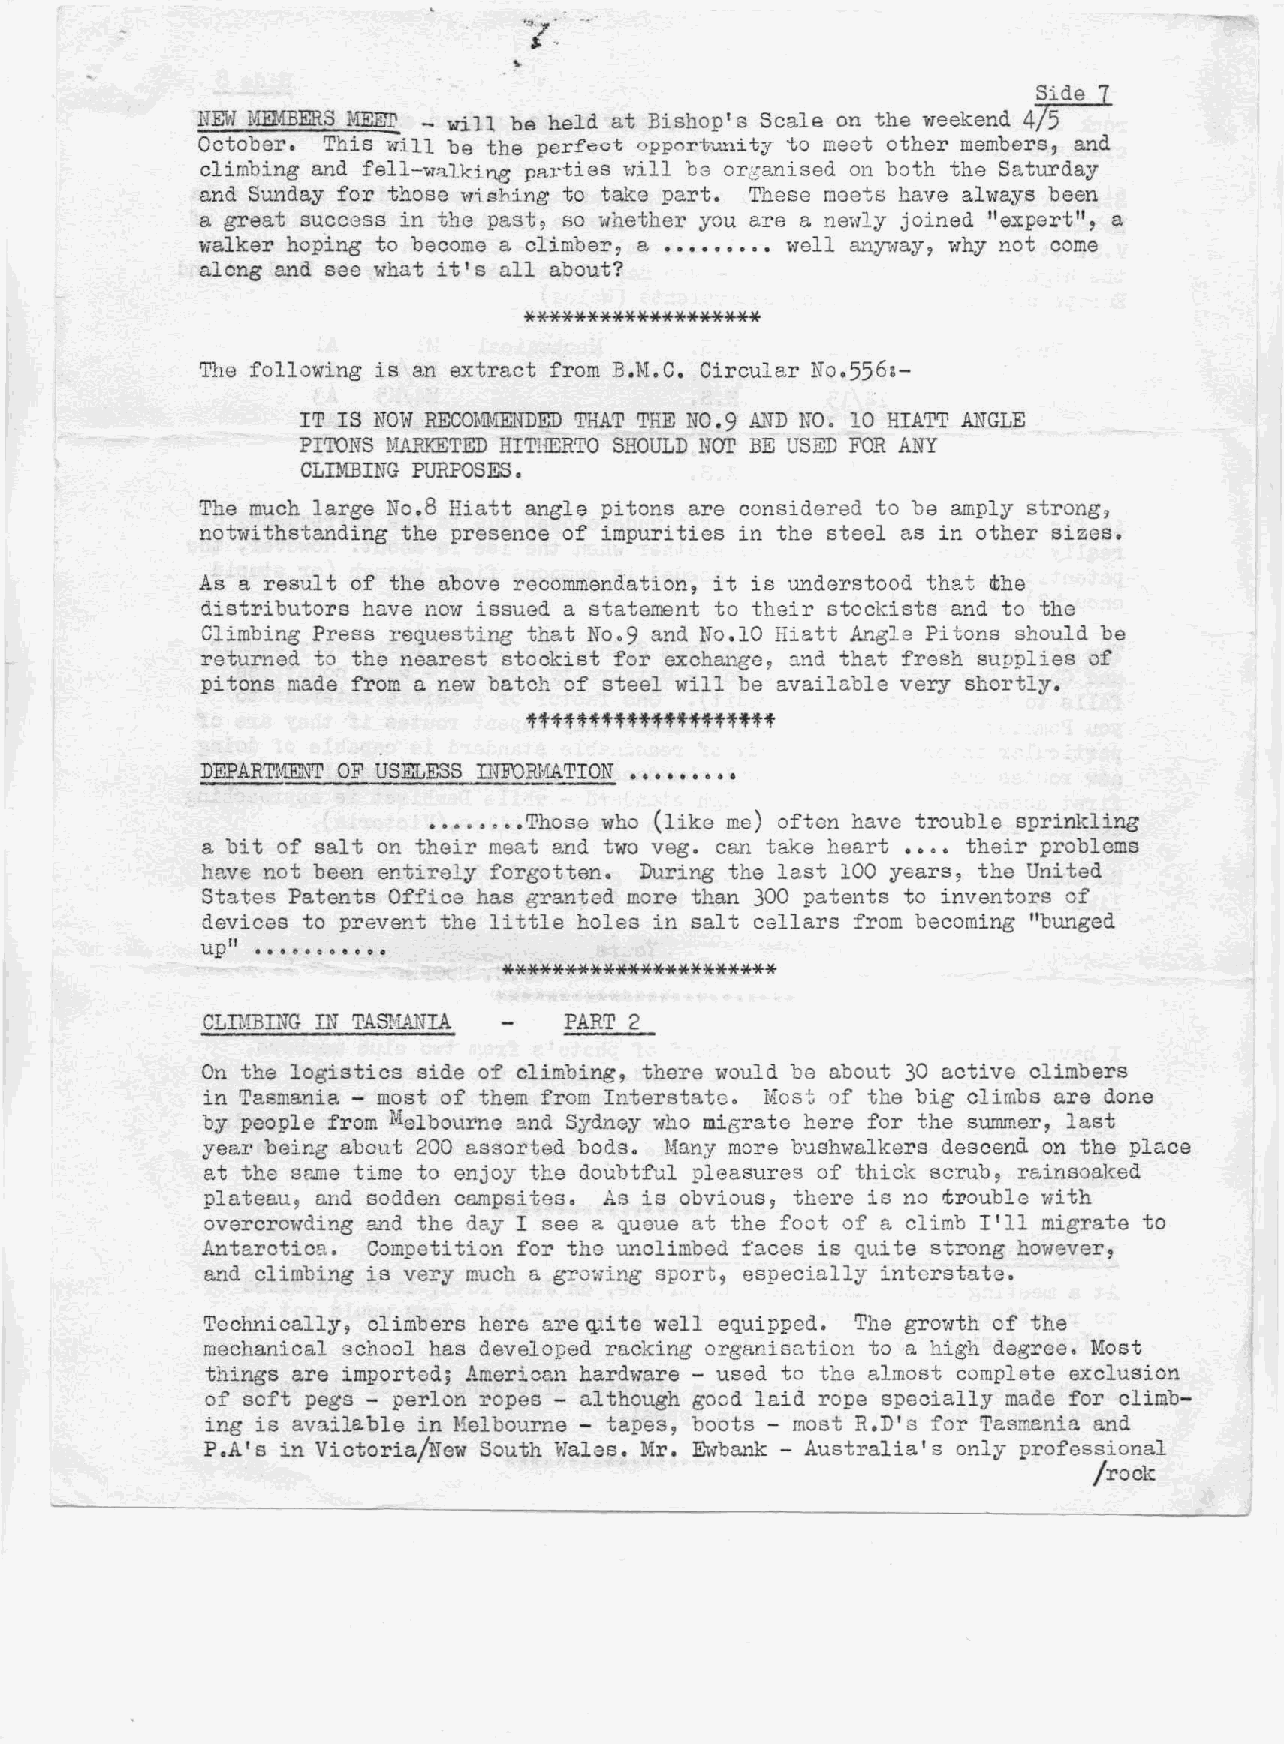
~"
 NKw ¥~ERS ~1ffiET _ will be held at Bishop's Scale on the weekend 4~
 October. This will be the perfect opportunity to meet other members, and
 climbing and fell-wol.lkingparties will be organised on both the Saturday
 and Sunday for those "l'Ti..shing to take part. These meets have always been
 a great success in the past, so "whether you are a ne,V'lyjoined "expert", a
 walker hoping to become a climber, a ••••••••• welI anyway, "Thynot come
 along and see what it's all about?
 *******************
 The following is en extract from B.M.C. Circular No.556:-
 no.
 IT IS NOW RECOMMENDED THAT THE NO.9 AND 10 HIATT ANGLE
 PITONS MAPJ<ETED HITHERTO SHOULD Nor BE USED FOR AlIT
 CLIMBING PURPOSES.
 The much large No.8 Hiatt angle pitons are considered to be amply strong,
 notwithstanding the presence of impurities in the steel as in other sizes.
 As a result of the above recommendation, it is understood that the
 distributors have now issued a statement to their stockists and to the
 Climbing Press requesting that No.9 and No.lO Hiatt Angle Pitons should be
 returned to the nearest stockist for exch~~e, and that fresh supplies of
 pitons made from a new batch of steel will be available very shortly.
 tttttttttttt~tttttt
 DEPARTMENT OF USELESS INFOID.[ATION•••••••••
 •••.••••Those who (like me) often have trouble sprinkling
 a bit of salt on their meat and two veg. can take heart •••• their problems
 have not been entirely forgotten. During the last 100 years, the United
 States Patents Office has granted more than 300 patents to inventors of
 devices to prevent the little holes in saltcellars from becoming "bunged
 up" ..
 II e • 0 0, • 6 0 •
 **********************
 CLnmING IN TASMPJHA     PART 2
 On the logistiCS side of climbing, there would be about 30 active climbers
 in Tasmania - most of them from Interstate. Most of the big climbs are done
 by people from Melbourne and Sydney who mi~rate here for the s~~er, last
 year being about 200 assorted bods. Many more bushwal.ker s descend on the place
 at the same time to enjoy the doubtful pleasures of thick scrub, rainso13.ked
 plateau, and sodden campsites. As is obvious, there is no i:rouble .i.ith
 overcrowding and the day I see a queue at the foot of a climb I'll migrate to
 Antarctica. Competition for the unclimbed faces is quite strong however,
 and climbing is very much a gro,ving sport, especially interstate.
 'I'echni.ca'l Ly, climbers here are qlite well equipped. The gro"\lltohf the
 mechanical school has developed racking organisation to a high degree. Most
 things are imported; American hardware - used to the almost complete exclusion
 of soft pegs - perlon ropes - although good laid rope specially made for climb-
 ing is available in Helbourne - tapes, boots - most R.D's for Tasmania and
 P.A's in Victoria/New South Wales. Mr. ~vbank - Australia's only professional
 frOCk